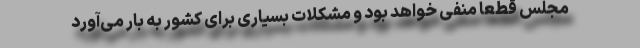
مجلس قطعا منفی خواهد بود و مشکلات بسیاری برای کشور به بار می‌آورد